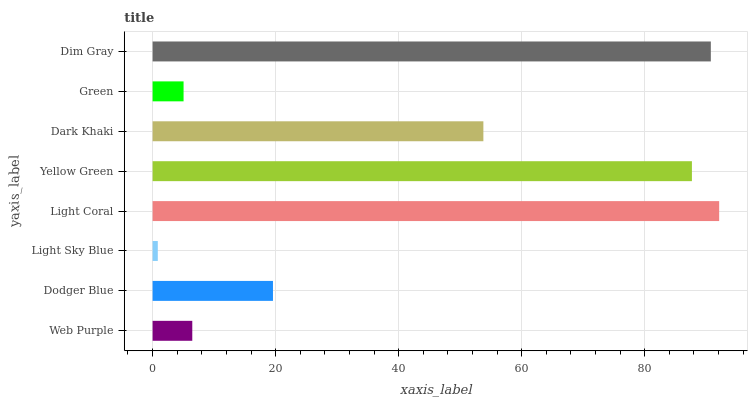
| yaxis_label | bars |
 | --- | --- |
 | Web Purple | 6.45 |
 | Dodger Blue | 19.6 |
 | Light Sky Blue | 0.845 |
 | Light Coral | 92.1 |
 | Yellow Green | 87.7 |
 | Dark Khaki | 53.8 |
 | Green | 5.03 |
 | Dim Gray | 90.8 |